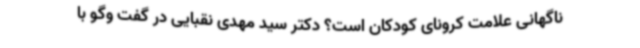
ناگهانی علامت کرونای کودکان است؟ دکتر سید مهدی نقبایی در گفت وگو با